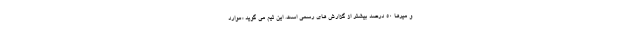
و میرها ۵۰ درصد بیشتر از گزارش های رسمی است. این تیم می گوید «موارد